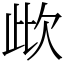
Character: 㰣